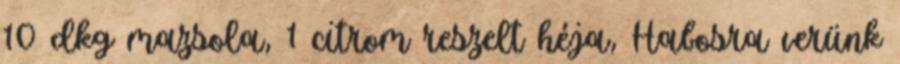
10 dkg mazsola, 1 citrom reszelt héja, Habosra verünk